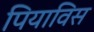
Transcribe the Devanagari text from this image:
पियाविस